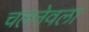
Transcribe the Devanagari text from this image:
चलनेवला